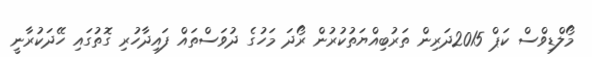
މޯލްޑިވްސް ކަޕް 2015ދަރިން ތަރުބިއްޔަތުކުރުން ރޯދަ މަހުގެ ދުވަސްތައް ފައިދާހުރި ގޮތުގައި ހޭދަކުރާނީ